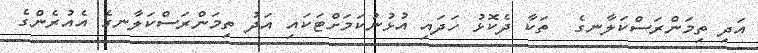
އަދި ތިމަންރަސްކަލާނގެ  ތަކާ ދެކޮޅު ހަދައި އުޅުނުކަމަށްޓަކައި އަދު ތިމަންރަސްކަލާނގެ އެއުރެންގެ